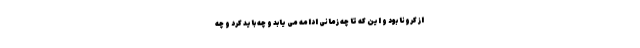
از کرونا بود و این که تا چه زمانی ادامه می یابد و چه باید کرد و چه